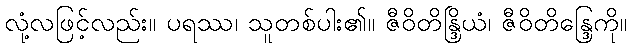
လုံ့လဖြင့်လည်း။ ပရဿ၊ သူတစ်ပါး၏။ ဇီဝိတိန္ဒြိယံ၊ ဇီဝိတိန္ဒြေကို။